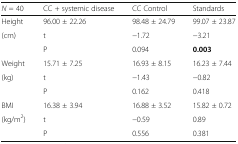
<table><thead><tr><td><b><i>N</i> = 40</b></td><td><b>CC + systemic disease</b></td><td><b>CC Control</b></td><td><b>Standards</b></td></tr></thead><tbody><tr><td>Height</td><td>96.00 ± 22.26</td><td>98.48 ± 24.79</td><td>99.07 ± 23.87</td></tr><tr><td>(cm)</td><td>t</td><td>−1.72</td><td>−3.21</td></tr><tr><td></td><td>P</td><td>0.094</td><td><b>0.003</b></td></tr><tr><td>Weight</td><td>15.71 ± 7.25</td><td>16.93 ± 8.15</td><td>16.23 ± 7.44</td></tr><tr><td>(kg)</td><td>t</td><td>−1.43</td><td>−0.82</td></tr><tr><td></td><td>P</td><td>0.162</td><td>0.418</td></tr><tr><td>BMI</td><td>16.38 ± 3.94</td><td>16.88 ± 3.52</td><td>15.82 ± 0.72</td></tr><tr><td>(kg/m<sup>2</sup>)</td><td>t</td><td>−0.59</td><td>0.89</td></tr><tr><td></td><td>P</td><td>0.556</td><td>0.381</td></tr></tbody></table>